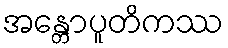
အန္တောပူတိကဿ